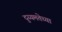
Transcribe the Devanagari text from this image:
दुय्यमतेच्या